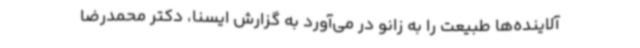
آلاینده‌ها طبیعت را به زانو در می‌آورد به گزارش ایسنا، دکتر محمدرضا